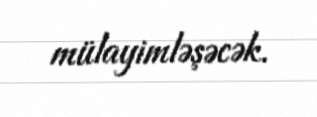
mülayimləşəcək.